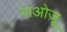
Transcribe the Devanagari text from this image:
गाओज़ू